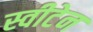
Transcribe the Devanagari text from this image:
स्वीटेन